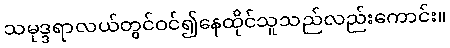
သမုဒ္ဒရာလယ်တွင်ဝင်၍နေထိုင်သူသည်လည်းကောင်း။